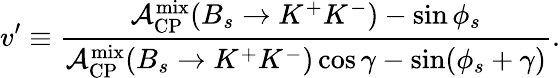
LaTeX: v^{\prime}\equiv\frac{{\cal A}_{\mathrm{CP}}^{\mathrm{mix}}(B_{s}\to K^{+}K^{-})-\sin\phi_{s}}{{\cal A}_{\mathrm{CP}}^{\mathrm{mix}}(B_{s}\to K^{+}K^{-})\cos\gamma-\sin(\phi_{s}+\gamma)}.